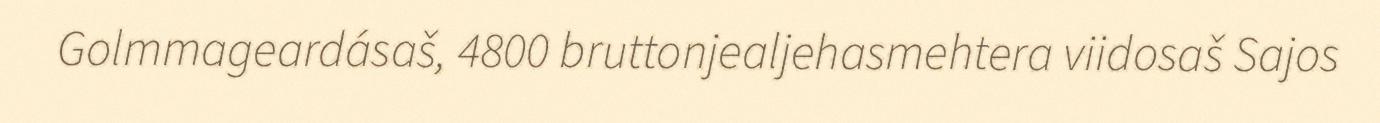
Golmmageardásaš, 4800 bruttonjealjehasmehtera viidosaš Sajos